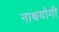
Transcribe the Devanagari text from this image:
नाथयोगी